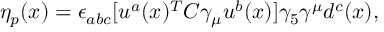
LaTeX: \eta _ { p } ( x ) = \epsilon _ { a b c } [ u ^ { a } ( x ) ^ { T } C \gamma _ { \mu } u ^ { b } ( x ) ] \gamma _ { 5 } \gamma ^ { \mu } d ^ { c } ( x ) ,